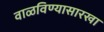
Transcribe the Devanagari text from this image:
वाळविण्यासारखा